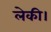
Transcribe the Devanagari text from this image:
लेकी।